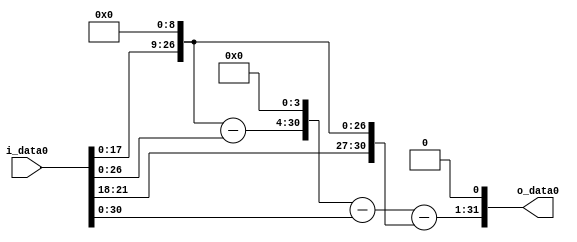
module multiplier_block_94 (
    i_data0,
    o_data0
);
  input   [31:0] i_data0;
  output  [31:0]
    o_data0;
  wire [31:0]
    w1,
    w512,
    w511,
    w8176,
    w8175,
    w7663,
    w15326;
  assign w1 = i_data0;
  assign w15326 = w7663 << 1;
  assign w511 = w512 - w1;
  assign w512 = w1 << 9;
  assign w7663 = w8175 - w512;
  assign w8175 = w8176 - w1;
  assign w8176 = w511 << 4;
  assign o_data0 = w15326;
endmodule